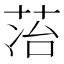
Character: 𬜷